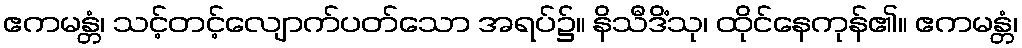
ဧကမန္တံ၊ သင့်တင့်လျောက်ပတ်သော အရပ်၌။ နိသီဒိံသု၊ ထိုင်နေကုန်၏။ ဧကမန္တံ၊